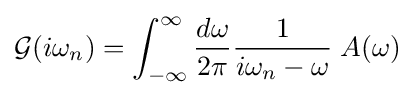
{\mathcal {G}}(i\omega _{n})=\int _{-\infty }^{\infty }{\frac {d\omega }{2\pi }}{\frac {1}{i\omega _{n}-\omega }}\;A(\omega )